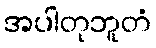
အပါတုဘူတံ